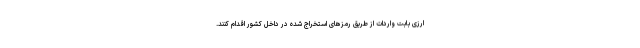
ارزی بابت واردات از طریق رمزهای استخراج شده در داخل کشور اقدام کنند.